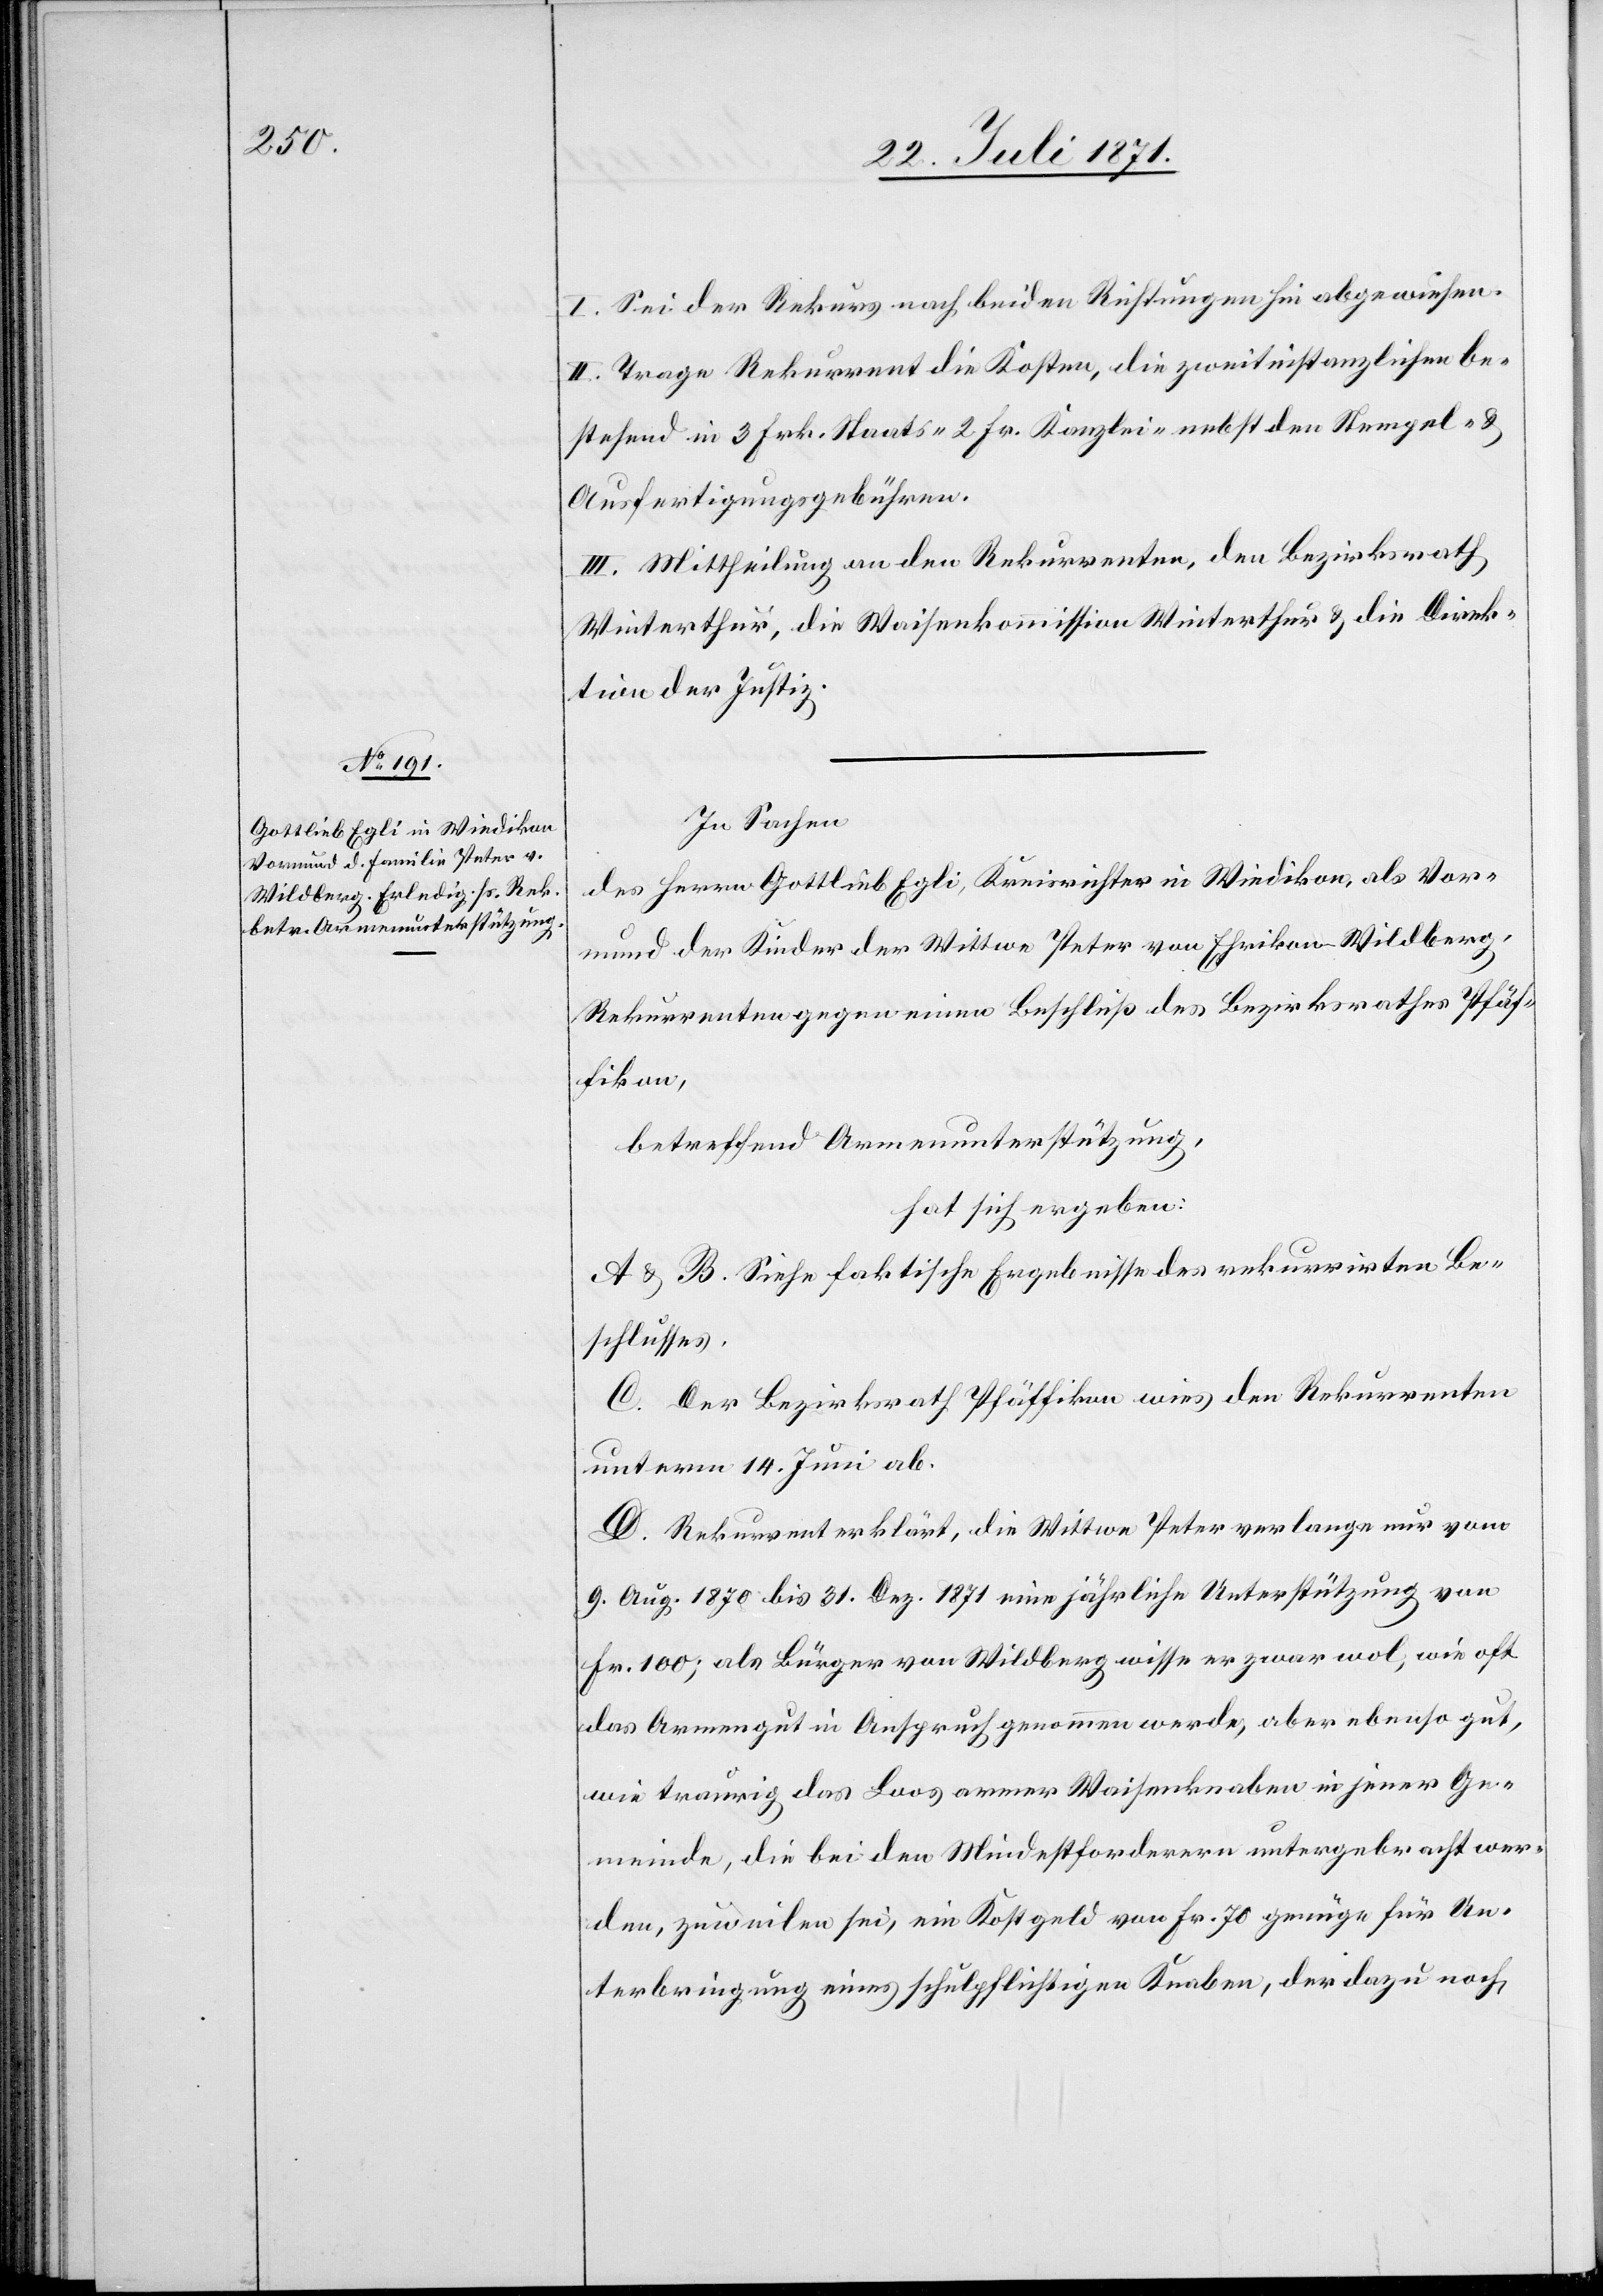
I. Sei der Rekurs nach beiden Richtungen hin abgewiesen.
II. Trage Rekurrent die Kosten, die zweitinstanzlichen be¬
stehend in 3 Frk. Staats- 2 Fr. Kanzlei- nebst den Stempel- u.
Ausfertigungsgebühren.
III. Mittheilung an den Rekurrenten, den Bezirksrath
Winterthur, die Waisenkommission Winterthur u. die Direk¬
tion der Justiz.
In Sachen
des Herrn Gottlieb Egli, Kreisrichter in Wiedikon, als Vor¬
mund der Kinder der Wittwe Peter von Ehrikon-Wildberg,
Rekurrenten gegen einen Beschluß des Bezirksrath Pfäf¬
fikon,
betreffend Armenunterstützung,
hat sich ergeben:
A u. B. Siehe faktische Ergebnisse des rekurrirten Be¬
schlusses.
C. Der Bezirksrath Pfäffikon wies den Rekurrenten
unterm 14. Juni ab.
D. Rekurrent erklärt, die Wittwe Peter verlange nur vom
9. Aug. 1870 bis 31. Dez. 1871 eine jährliche Unterstützung von
Fr. 100; als Bürger von Wildberg wisse er zwar wol, wie oft
das Armengut in Anspruch genommen werde, aber ebenso gut,
wie traurig, das Loos armer Waisenknaben in jener Ge¬
meinde, die bei den Mindestforderern untergebracht wer¬
den, zuweilen sei, ein Kostgeld von Fr. 70 genüge für Un¬
terbringung eines schulpflichtigen Knaben, der dazu noch,